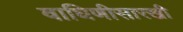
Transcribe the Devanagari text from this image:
वाघिणीसारखी